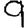
Digit: 9